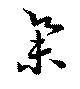
集